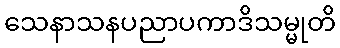
သေနာသနပညာပကာဒိသမ္မုတိ